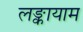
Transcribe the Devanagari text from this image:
लङ्कायाम